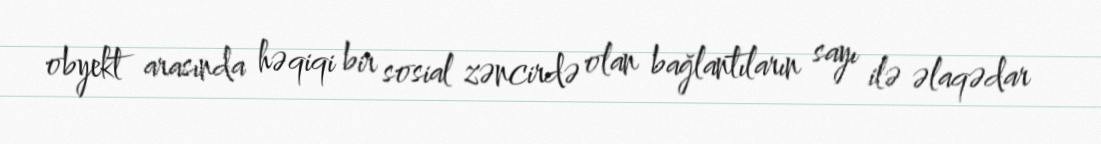
obyekt arasında həqiqi bir sosial zəncirdə olan bağlantıların sayı ilə əlaqədar